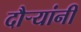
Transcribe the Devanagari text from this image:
दौर्‍यांनी